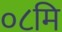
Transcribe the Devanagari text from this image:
०८मि